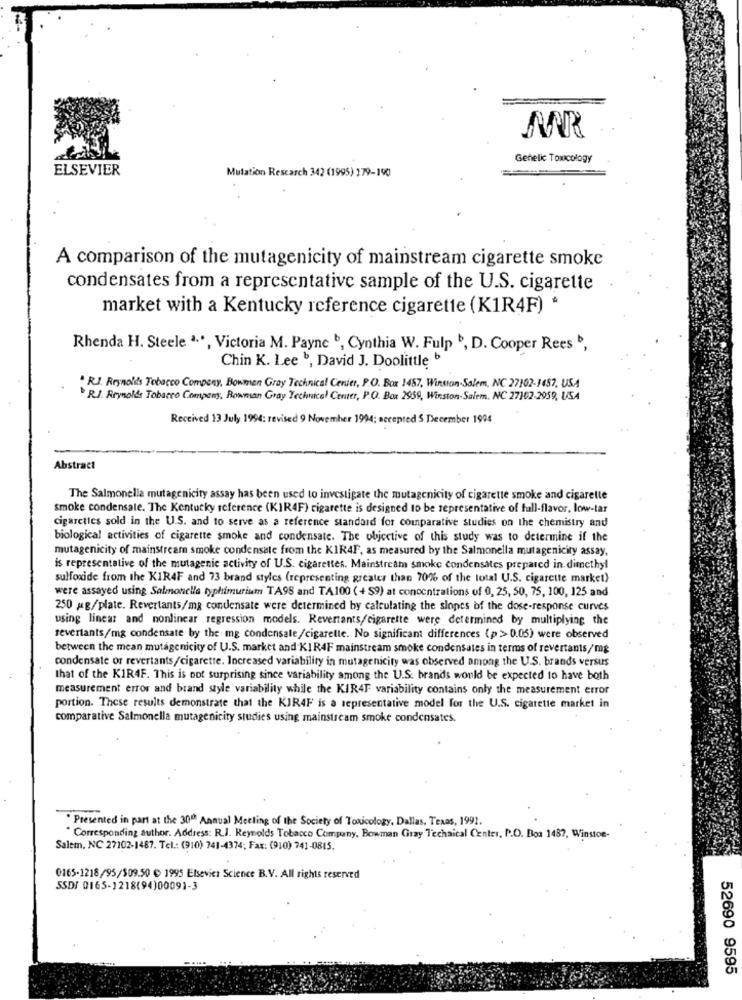
MR
Genelic Toxicology
ELSEVIER
Mutation Research 342 (1995) 179-190
A comparison of the mutagenicity of mainstream cigarette smoke
condensates from a representative sample of the U.S. cigarette
market with a Kentucky reference cigarette (K1R4F) *
Rhenda H. Steele ª.', Victoria M. Payne b, Cynthia W. Fulp b, D. Cooper Rees b,
Chin K. Lee b, David J. Doolittle b
. R.J. Reynolds Tobacco Company, Bowman Gray Technical Center, P.O. Box 1457, Winston-Salem, NC 27102-1457, USA
R.J. Reynolds Tobacco Company, Bowman Gray Technical Center, P.O. Box 2039, Winston-Salem, NC 27102-2959, USA
Received 13 July 1994: revised 9 November 1994; accepted 5 December 1994
Abstract
The Salmonella mutagenicity assay has been used to investigate the mutagenicity of cigarette smoke and cigarette
smoke condensale. The Kentucky reference (KIR4F) cigarette is designed to be representative of full-flavor, low-tar
cigarettes sold in the U.S. and to serve as a reference standard for comparative studies on the chemistry and
biological activities of cigarette smoke and condensate. The objective of this study was to determine if the
mutagenicity of mainstream smoke condensate from the KIR4F, as measured by the Salmonella mutagenicity assay,
is representative of the mutagenic activity of U.S. cigarettes. Mainstream smoke condensates prepared in. dimethyl
sulfoxide from the KIR4F and 73 brand styles (representing greater than 70% of the total U.S. cigarette market)
were assayed using Salmonella typhimurium TA98 and TA100 (+ $9) at concentrations of 0, 25, 50, 75, 100, 125 and
250 mg/plate. Revertants/mg condensate were determined by calculating the slopes of the dose-response curves
using linear and nonlinear regression models. Revertants/cigarette were determined by multiplying the
revertants/mg condensate by the mg condensate/cigarette. No significant differences (p> 0.05) were observed
between the mean mutagenicity of U.S. market and KIR4F mainstream smoke condensates in terms of revertants/mg
condensate or revertants/cigarette. Increased variability in mutagenicity was observed among the U.S. brands versus
that of the KIR4F. This is not surprising since variability among the U.S. brands would be expected to have both
measurement error and brand style variability while the KIR4F variability contains only the measurement error
portion. These results demonstrate that the KIR4F is a representative model for the U.S. cigarette market in
comparative Salmonella mutagenicity studies using mainstream smoke condensates.
" Presented in part at the 30" Annual Meeting of the Society of Toxicology, Dallas, Texas, 1991.
* Corresponding author. Address: R.J. Reynolds Tobacco Company, Bowman Gray Technical Center, P.O. Boa 1487, Winston-
Salem, NC 27102-1487. Tel .: (910) 741-4374; Fax: (910) 741-0815.
0165-1218/95/309.50 € 1995 Elsevier Science B.V. All rights reserved
SSD/ 0165-1218(94)00091-3
52690 9595